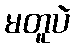
မတူပဲ